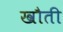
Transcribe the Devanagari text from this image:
खौती